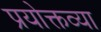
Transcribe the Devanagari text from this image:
प्रयोक्तव्या